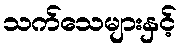
သက်သေများနှင့်